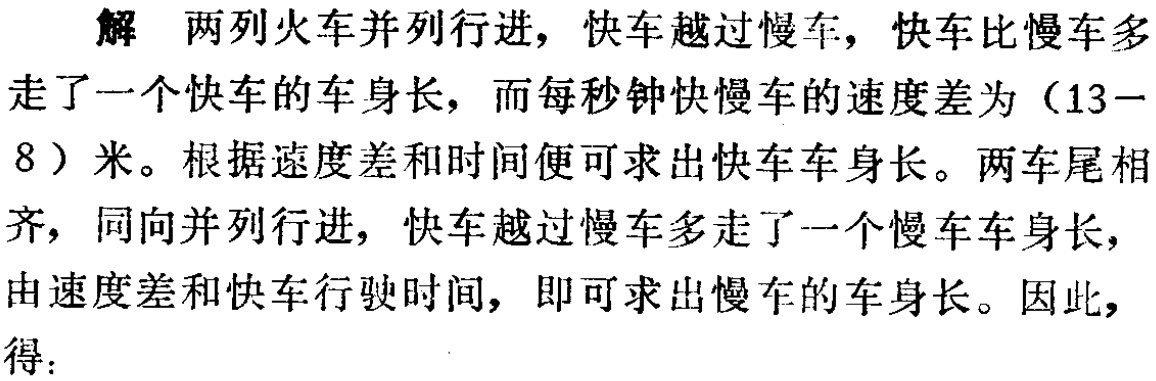
解 两列火车并列行进，快车越过慢车，快车比慢车多走了一个快车的车身长，而每秒钟快慢车的速度差为（13−8）米。根据速度差和时间便可求出快车车身长。两车尾相齐，同向并列行进，快车越过慢车多走了一个慢车车身长，由速度差和快车行驶时间，即可求出慢车的车身长。因此，得：